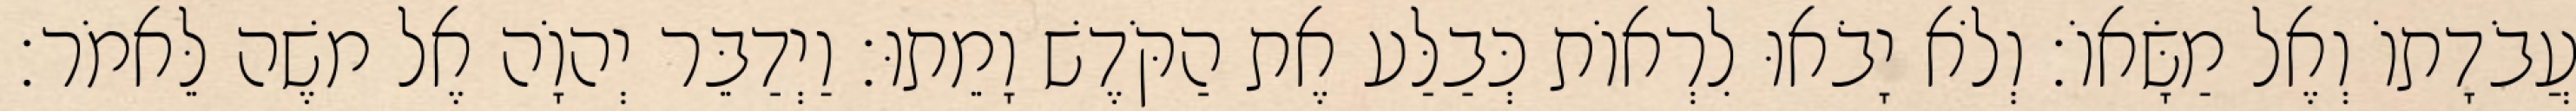
עֲבֹדָתוֹ וְאֶל מַשָּׂאוֹ׃ וְלֹא יָבֹאוּ לִרְאוֹת כְּבַלַּע אֶת הַקֹּדֶשׁ וָמֵתוּ׃ וַיְדַבֵּר יְהוָֹה אֶל משֶׁה לֵּאמֹר׃